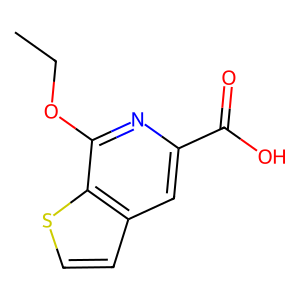
SMILES: CCOc1nc(C(=O)O)cc2ccsc12
Inhibits HIV replication: No